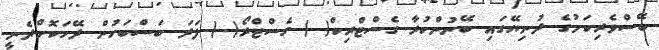
ބޭސްވެރިކަމުގެ ދުނިޔޭގައި ބޭނުންކުރާ ގެސްޓްރިކް( ) ގެސްޓްރޯ( ) ފަދަ ބަސްބަހުން ދޭހަކޮށްދެނީ